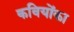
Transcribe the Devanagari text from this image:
कवियोंका